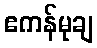
ဧကန်မုချ